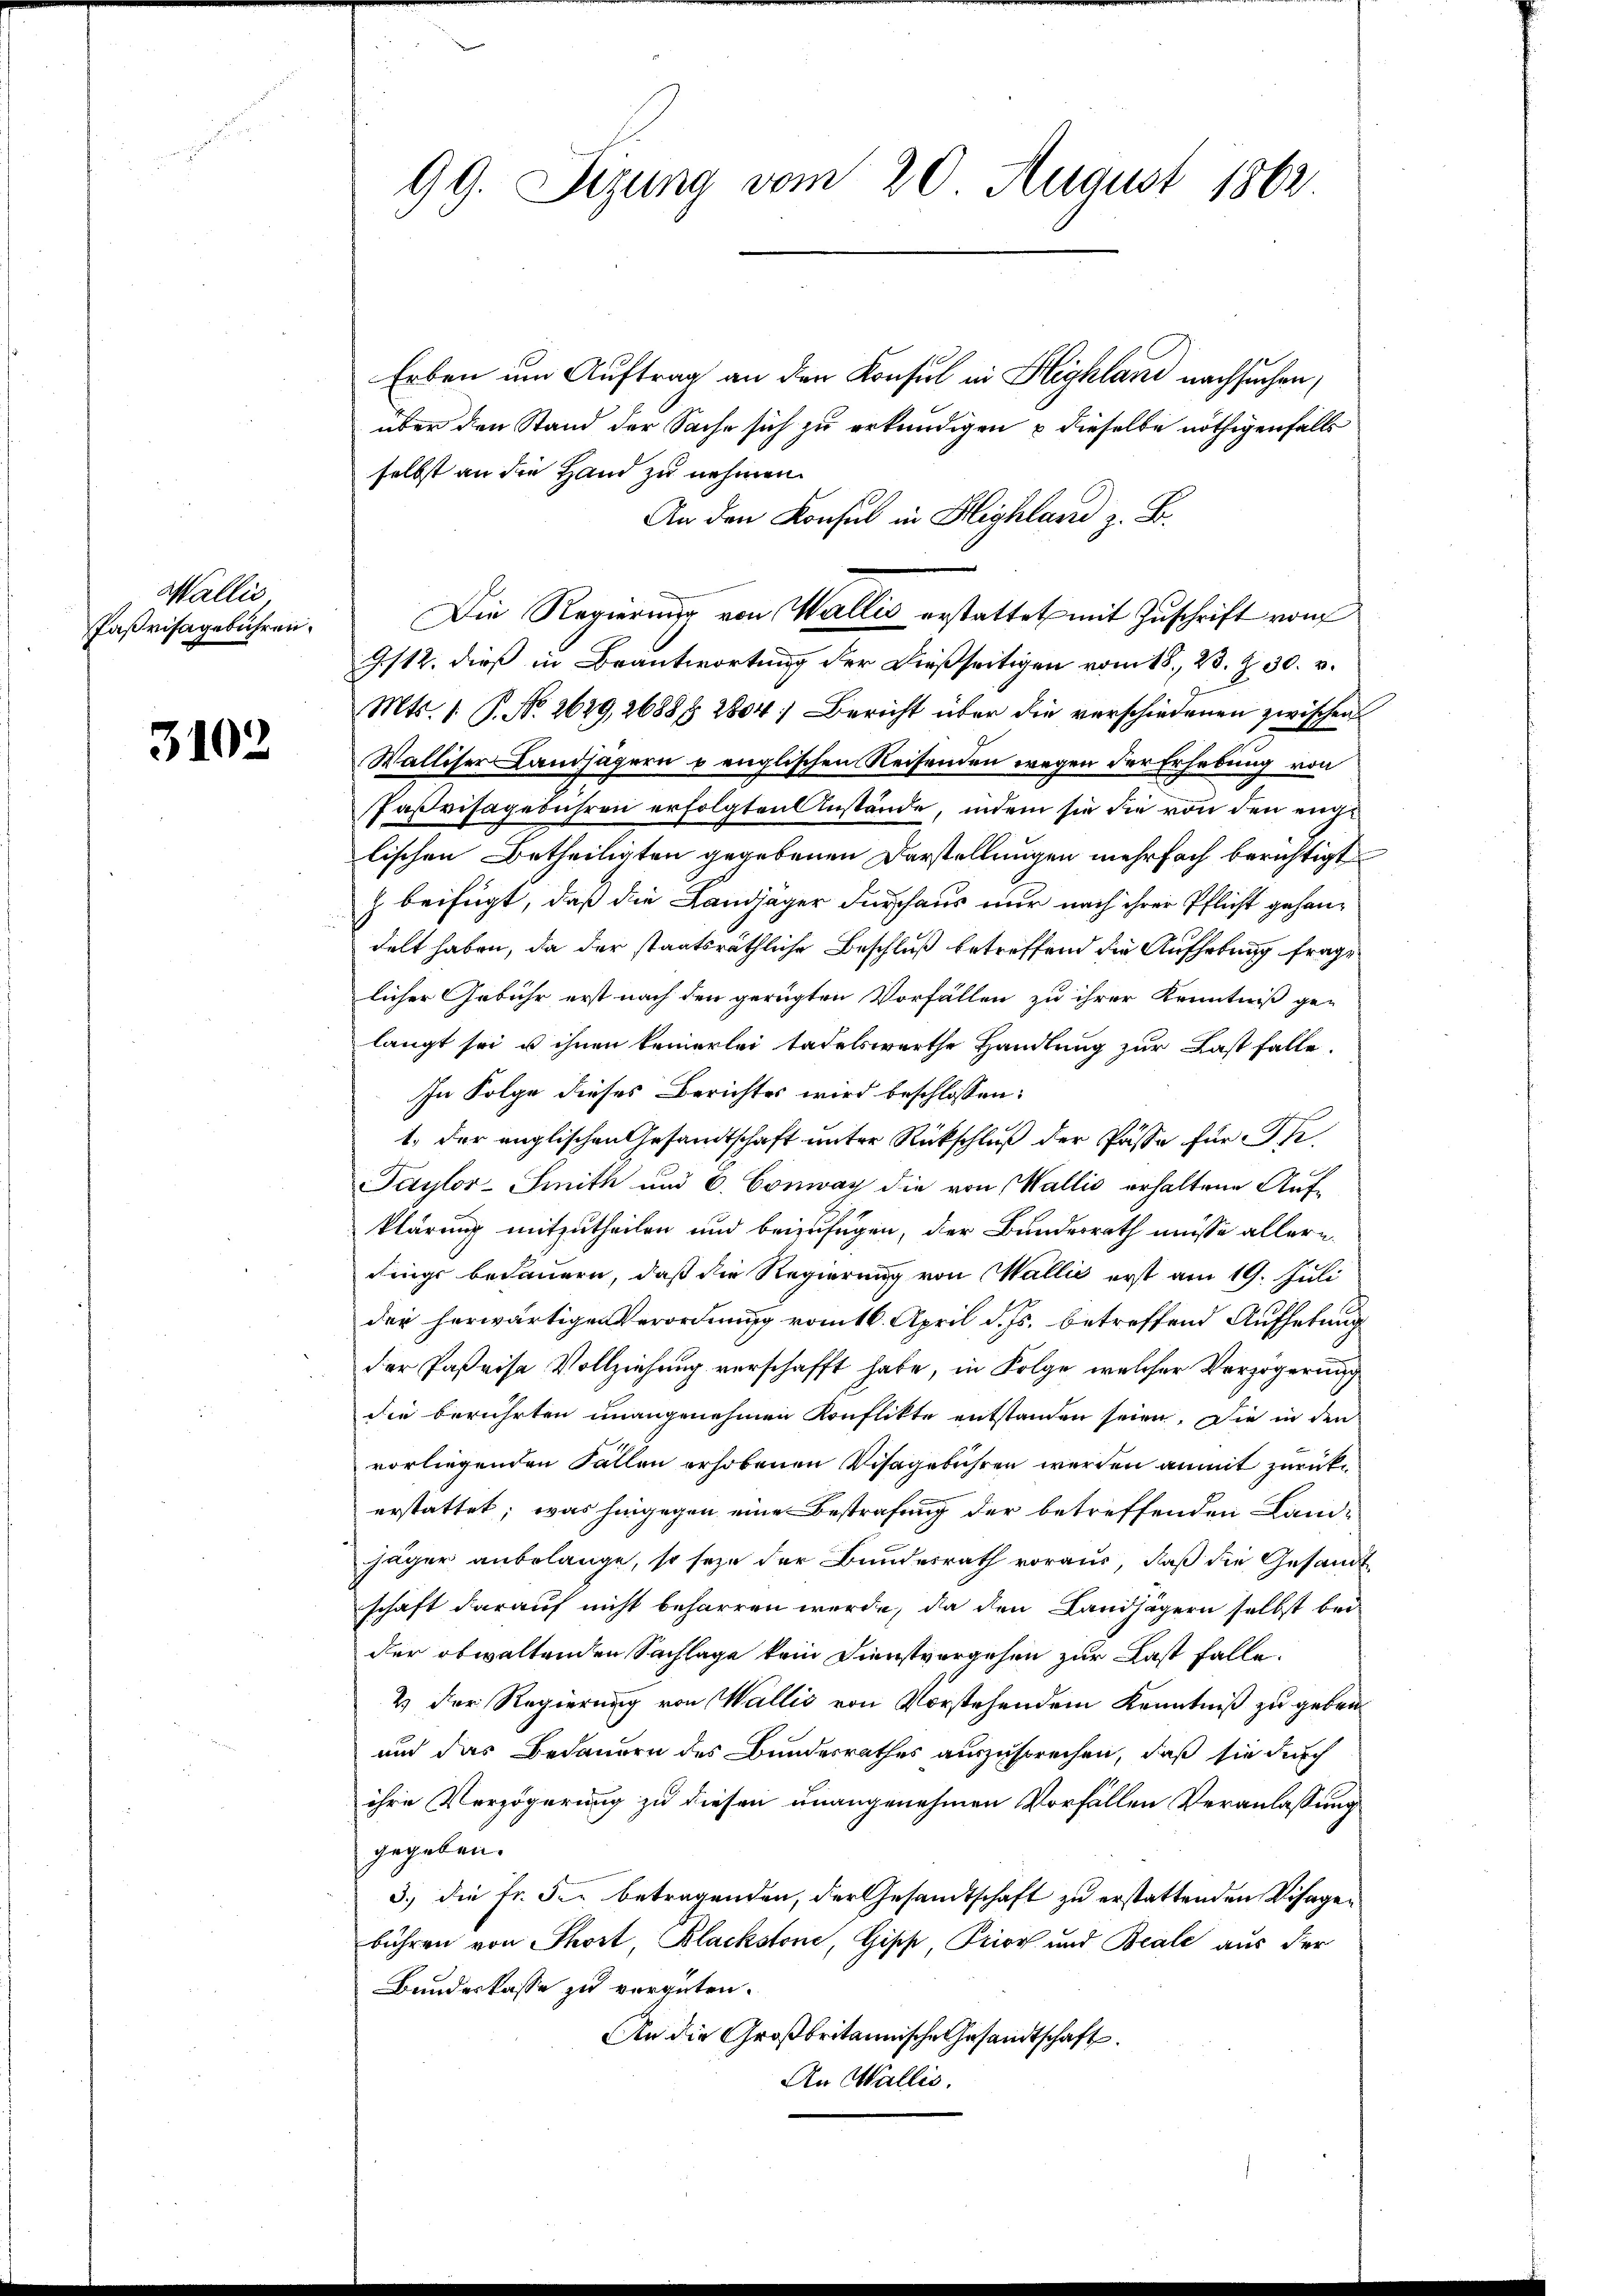
Wallis
Paßrisagebühren.

3102

99. Sizung vom 20 August 1862.

Erben um Auftrag an den Konsul in Highland nachsuchen,
über den Stand der Sache sich zu erkundigen u dieselbe nöthigenfalls
selbst an die Hand zu nehmen.
An den Konsul in Highland z. B.
Die Regierung von Wallis erstattet mit Zuschrift vom
9/12. dieß in Beantwortung der dießseitigen vom 18. 23. Z. 30. v.
Mts. 1. P. No. 2629, 2688§ 2804) Bericht über die verschiedenen zwischen
Walliser Landjägern u englischen Reisenden wegen der Erhebung von
Paßvisagebühren erfolgten Anstände, indem sie die von den englischen Betheiligten gegebenen Darstellungen mehrfach berichtigt
z beifügt, daß die Landjäger durchaus nur nach ihrer Pflicht gehandelt haben, da der staatsräthliche Beschluß betreffend die Aufhebung frage
licher Gebühr erst nach den gerügten Vorfällen zu ihrer Kenntniß ge-
langt sei u ihnen keinerlei tadelswerthe Handlung zur Last falle,
In Folge dieses Berichtes wird beschlossen:
1. der englischen Gesandtschaft unter Rückschluß der Pässe für Pfr.
Taylor-Smith und 6. Conway die von Wallis erhaltene Aufklärung mitzutheilen und beizufügen, der Bundesrath müsse allern
dings bedauern, daß die Regierung von Wallis erst am 19. Juli
der herwärtigen Verordnung vom 16. April d. Js. betreffend Aufhebung
der Paßeise Vollziehung verschafft habe, in Folge, welcher Verzögerung
die berührten unangenehmen Konflikte entstanden seien. Die in den
vorliegenden Fallen erhobenen Visagebühren werden anmit zurückerstattet; was hingegen eine Bestrafung der betreffenden Land-
Jäger anbelange, so seze der Bundesrath voraus, daß die Gesandt
schaft darauf nicht beharren werde, da den Landjägern selbst bei
der obwaltenden Sachlage kein Dienstvergehen zur Last falle.
2) Der Regierung von Wallis von Vorstehendem Kenntniß zu geben
und das Bedauern des Bundesrathes auszusprechen, daß sie durch
ihre Verzögerung zu diesen unangenehmen Vorfällen Veranlassung
gegeben.
3.) die Fr. die betragenden, der Gesandtschaft zu erstattenden Visagebühren von Thort, Blackstone, Gipp, Prior und Beale aus der
Bundeskasse zu vergüten.
An die Großbritannische Gesandtschaft.
An Wallis.